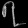
Digit: ၇